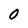
Character: O